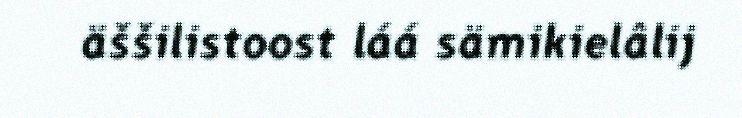
äššilistoost láá sämikielâlij